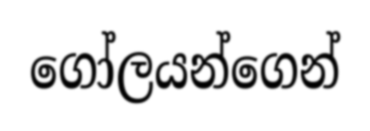
ගෝලයන්ගෙන්